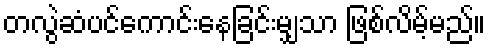
တလွဲဆံပင်ကောင်းနေခြင်းမျှသာ ဖြစ်လိမ့်မည်။